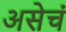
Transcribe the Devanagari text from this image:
असेचं